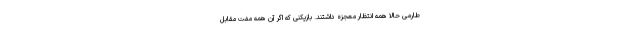
طارمی حالا همه انتظار معجزه داشتند. بازیکنی که اگر آن همه مفت مقابل